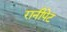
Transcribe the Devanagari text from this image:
रानीपेट